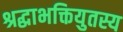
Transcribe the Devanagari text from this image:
श्रद्धाभक्तियुतस्य